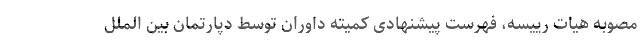
مصوبه هیات رییسه، فهرست پیشنهادی کمیته داوران توسط دپارتمان بین الملل